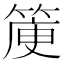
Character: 𥯯